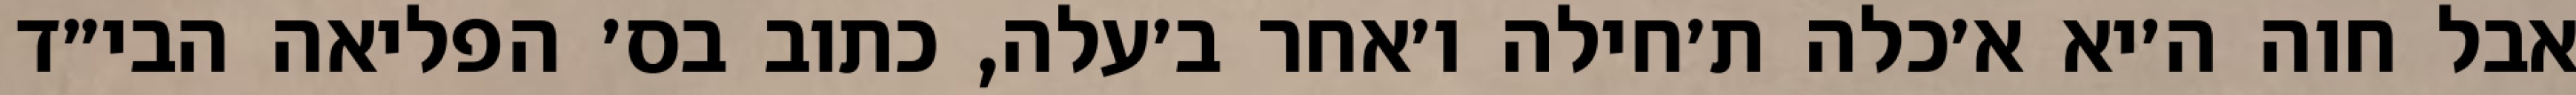
אבל חוה ה׳יא א׳כלה ת׳חילה ו׳אחר ב׳עלה, כתוב בס׳ הפליאה הבי״ד